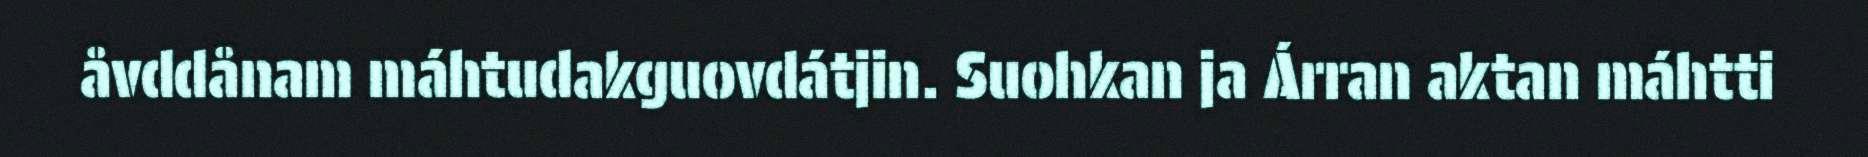
åvddånam máhtudakguovdátjin. Suohkan ja Árran aktan máhtti